Burma Government Medical School reports 1923-41
Year: 1923
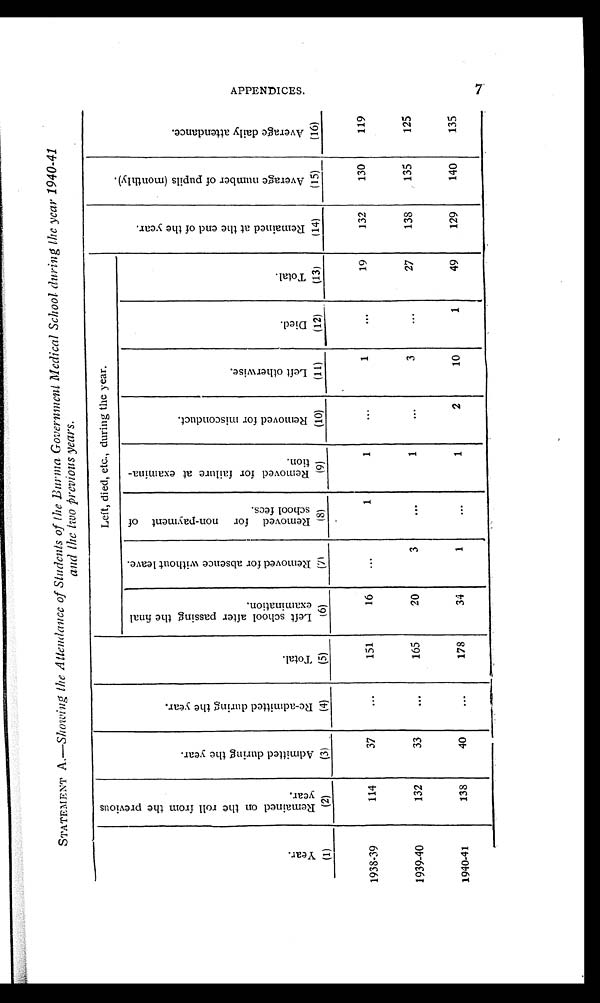
STATEMENT A. —Showing the Attendance of Students of the Burma Government Medical School during the year 1940-41
and the two previous years.
( 1 ) Y e a r .
( 2 ) R e m a i n e d o n t h e r o l l f r o m t h e p r e v i o u s
y e a r .
( 3 ) A d m i t t e d d u r i n g t h e y e a r .
( 4 ) R e - a d m i t t e d d u r i n g t h e y e a r .
( 5 ) T o t a l .
Left, died, etc., during the year.
( 1 4 ) R e m a i n e d a t t h e e n d o f t h e y e a r .
( 1 5 ) A v e r a g e n u m b e r o f p u p i l s ( m o n t h l y ) .
( 1 6 ) A v e r a g e d a i l y a t t e n d a n c e .
( 6 ) L e f t s c h o o l a f t e r p a s s i n g t h e f i n a l
e x a m i n a t i o n .
( 7 ) R e m o v e d f o r a b s e n c e w i t h o u t l e a v e .
( 8 ) R e m o v e d f o r n o n - p a y m e n t o f
s c h o o l s f e e s .
( 9 ) R e m o v e d f o r f a i l u r e a t e x a m i n a -
t i o n .
( 1 0 ) R e m o v e d f o r m i s c o n d u c t .
( 1 1 ) L e f t o t h e r w i s e .
( 1 2 ) D i e d .
( 1 3 ) T o t a l .
1938-39
114
37
. . .
151
16
. . .
1
1
. . .
1
. . .
19
132
130
119
1939-40
132
33
. . .
165
20
3
. . .
1
. . .
3
. . .
27
138
135
125
1940-41
138
40
. . .
178
34
1
. . .
1
2
10
1
49
129
140
135
APPENDICES. 7